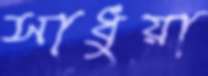
সাধুয়া